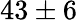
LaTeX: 43\pm 6